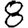
Digit: 8